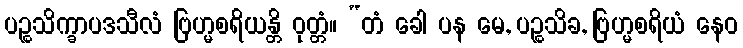
ပဉ္စသိက္ခာပဒသီလံ ဗြဟ္မစရိယန္တိ ဝုတ္တံ။ “တံ ခေါ ပန မေ, ပဉ္စသိခ, ဗြဟ္မစရိယံ နေဝ